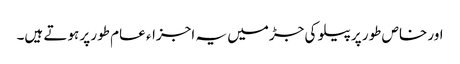
اور خاص طور پر پیلو کی جڑمیں یہ اجزاء عام طور پر ہوتے ہیں۔